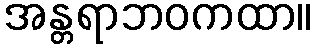
အန္တရာဘဝကထာ။